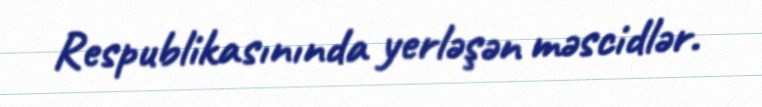
Respublikasınında yerləşən məscidlər.